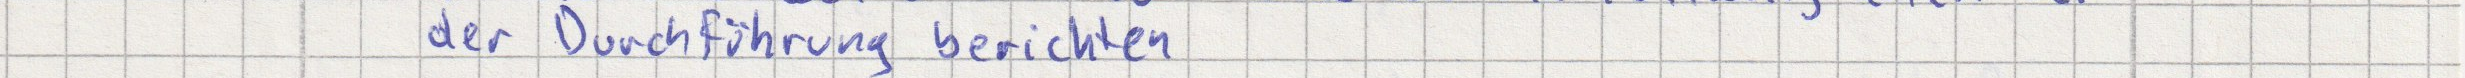
der Durchführung berichten